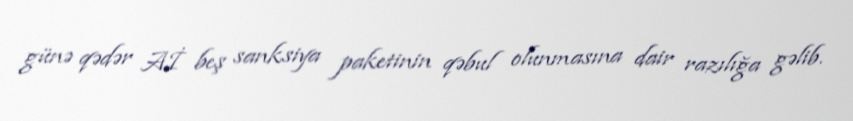
günə qədər Aİ beş sanksiya paketinin qəbul olunmasına dair razılığa gəlib.